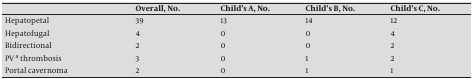
<table><thead><tr><td></td><td><b>Overall, No.</b></td><td><b>Child’s A, No.</b></td><td><b>Child’s B, No.</b></td><td><b>Child’s C, No.</b></td></tr></thead><tbody><tr><td>Hepatopetal</td><td>39</td><td>13</td><td>14</td><td>12</td></tr><tr><td>Hepatofugal</td><td>4</td><td>0</td><td>0</td><td>4</td></tr><tr><td>Bidirectional</td><td>2</td><td>0</td><td>0</td><td>2</td></tr><tr><td>PV a thrombosis</td><td>3</td><td>0</td><td>1</td><td>2</td></tr><tr><td>Portal cavernoma</td><td>2</td><td>0</td><td>1</td><td>1</td></tr></tbody></table>